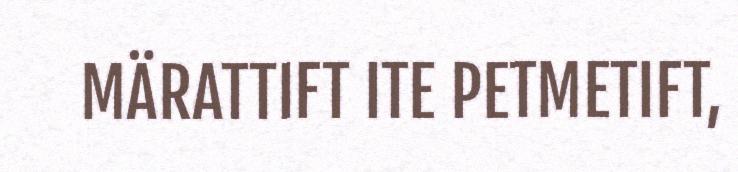
MÄRATTIFT ITE PETMETIFT,